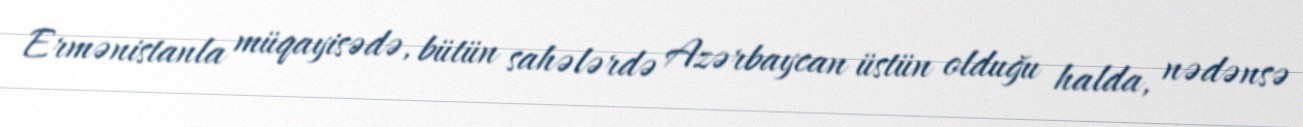
Ermənistanla müqayisədə, bütün sahələrdə Azərbaycan üstün olduğu halda, nədənsə